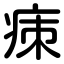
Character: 㾊